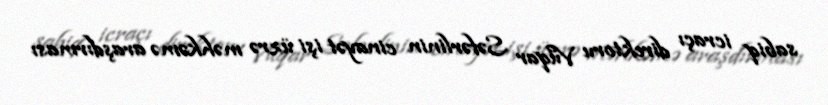
sabiq icraçı direktoru Vüqar Səfərlinin cinayət işi üzrə məhkəmə araşdırması